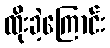
ထိုးခဲ့ကြောင်း